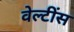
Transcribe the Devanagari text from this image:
वेल्टींस